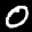
Label: 0